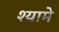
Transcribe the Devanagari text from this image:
श्यामे